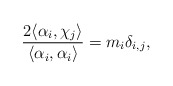
\begin{align*} \frac{2\langle\alpha_i,\chi_j\rangle}{\langle\alpha_i,\alpha_i\rangle}=m_{i}\delta_{i,j},\end{align*}